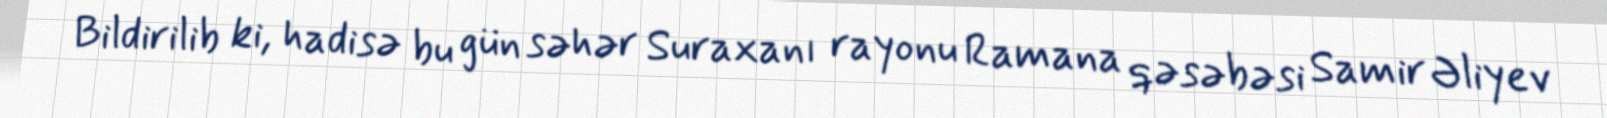
Bildirilib ki, hadisə bu gün səhər Suraxanı rayonu Ramana qəsəbəsi Samir Əliyev